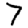
Digit: 7